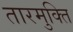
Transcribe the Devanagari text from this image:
तारमुक्ति